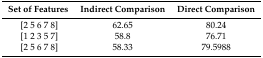
<table><thead><tr><td><b>Set of Features</b></td><td><b>Indirect Comparison</b></td><td><b>Direct Comparison</b></td></tr></thead><tbody><tr><td>[2 5 6 7 8]</td><td>62.65</td><td>80.24</td></tr><tr><td>[1 2 3 5 7]</td><td>58.8</td><td>76.71</td></tr><tr><td>[2 5 6 7 8]</td><td>58.33</td><td>79.5988</td></tr></tbody></table>